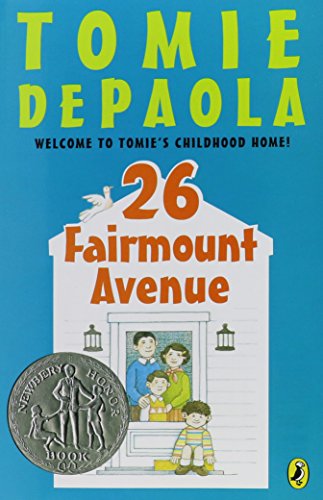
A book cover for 26 Fairmount Avenue (Newbery Honor Book, 2000); Tomie dePaola; Children's Books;